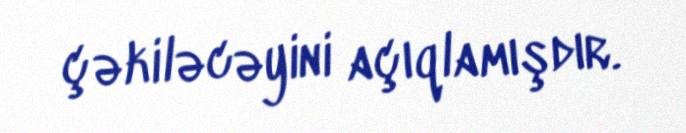
çəkiləcəyini açıqlamışdır.